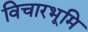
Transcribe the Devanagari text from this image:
विचारभूमि